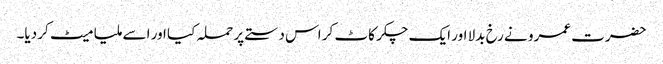
حضرت عمرو نے رخ بدلا اور ایک چکر کاٹ کر اس دستے پر حملہ کیا اور اسے ملیا میٹ کر دیا۔